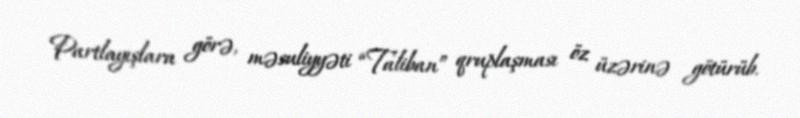
Partlayışlara görə, məsuliyyəti “Taliban” qruplaşması öz üzərinə götürüb.